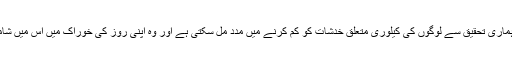
انہوں نے کہا کہ ہماری تحقیق سے لوگوں کی کیلوری متعلق خدشات کو کم کرنے میں مدد مل سکتی ہے اور وہ اپنی روز کی خوراک میں اس میں شامل کر سکتے ہیں۔